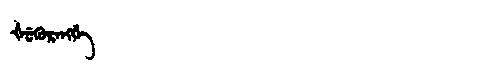
Manchu: ᡧᡠᡴᡠᡵᡝᠩᡤᡝ
Romanization: ŠUKURENGGE